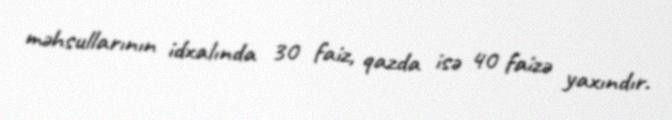
məhsullarının idxalında 30 faiz, qazda isə 40 faizə yaxındır.